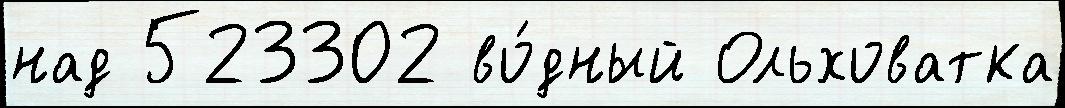
над 523302 во́дный Ольховатка